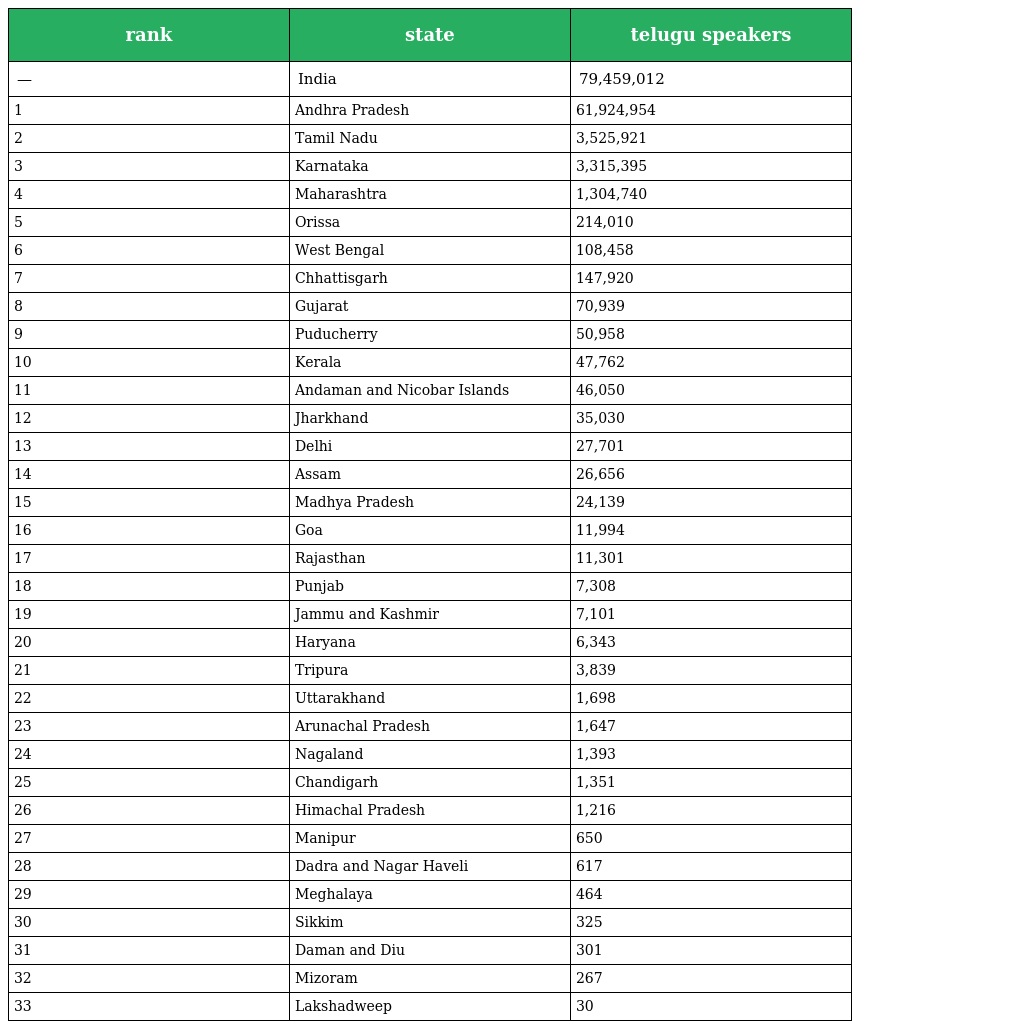
| rank | state | telugu speakers |
 | --- | --- | --- |
 | — | India | 79,459,012 |
 | 1 | Andhra Pradesh | 61,924,954 |
 | 2 | Tamil Nadu | 3,525,921 |
 | 3 | Karnataka | 3,315,395 |
 | 4 | Maharashtra | 1,304,740 |
 | 5 | Orissa | 214,010 |
 | 6 | West Bengal | 108,458 |
 | 7 | Chhattisgarh | 147,920 |
 | 8 | Gujarat | 70,939 |
 | 9 | Puducherry | 50,958 |
 | 10 | Kerala | 47,762 |
 | 11 | Andaman and Nicobar Islands | 46,050 |
 | 12 | Jharkhand | 35,030 |
 | 13 | Delhi | 27,701 |
 | 14 | Assam | 26,656 |
 | 15 | Madhya Pradesh | 24,139 |
 | 16 | Goa | 11,994 |
 | 17 | Rajasthan | 11,301 |
 | 18 | Punjab | 7,308 |
 | 19 | Jammu and Kashmir | 7,101 |
 | 20 | Haryana | 6,343 |
 | 21 | Tripura | 3,839 |
 | 22 | Uttarakhand | 1,698 |
 | 23 | Arunachal Pradesh | 1,647 |
 | 24 | Nagaland | 1,393 |
 | 25 | Chandigarh | 1,351 |
 | 26 | Himachal Pradesh | 1,216 |
 | 27 | Manipur | 650 |
 | 28 | Dadra and Nagar Haveli | 617 |
 | 29 | Meghalaya | 464 |
 | 30 | Sikkim | 325 |
 | 31 | Daman and Diu | 301 |
 | 32 | Mizoram | 267 |
 | 33 | Lakshadweep | 30 |